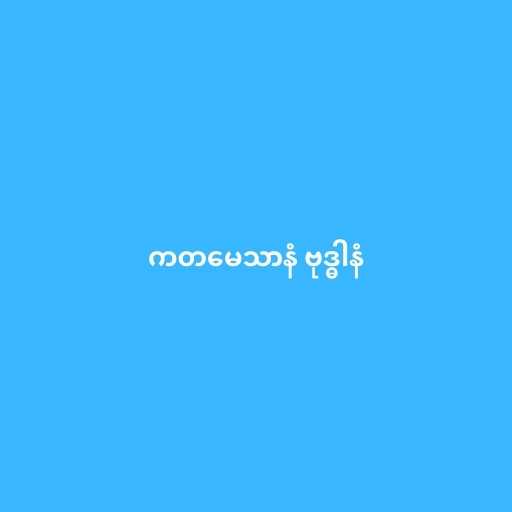
ကတမေသာနံ ဗုဒ္ဓါနံ